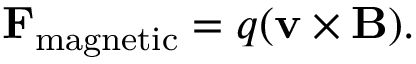
\mathbf { F } _ { \mathrm { m a g n e t i c } } = q ( \mathbf { v } \times \mathbf { B } ) .